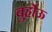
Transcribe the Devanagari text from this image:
बुर्होऊ